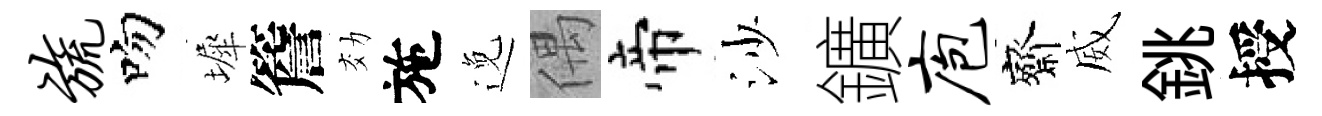
旒吻墀簷効施𨓜偶帝沙鑛庖齋威銚授